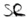
Text: SR